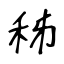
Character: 秭